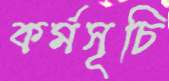
কর্মসূচি